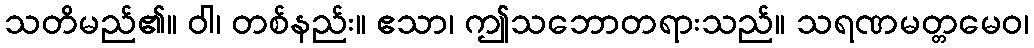
သတိမည်၏။ ဝါ၊ တစ်နည်း။ ဧသာ၊ ဤသဘောတရားသည်။ သရဏမတ္တမေဝ၊